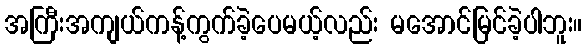
အကြီးအကျယ်ကန့်ကွက်ခဲ့ပေမယ့်လည်း မအောင်မြင်ခဲ့ပါဘူး။